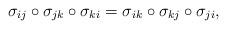
LaTeX: \begin{align*}\sigma_{ij}\circ\sigma_{jk}\circ\sigma_{ki}=\sigma_{ik}\circ\sigma_{kj}\circ\sigma_{ji},\end{align*}